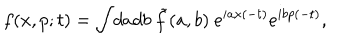
LaTeX: f ( x , p ; t ) = \int \! d a d b ~ \tilde { f } ( a , b ) ~ e ^ { i a x ( - t ) } e ^ { i b p ( - t ) } ,